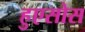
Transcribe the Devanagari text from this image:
हुएसोस